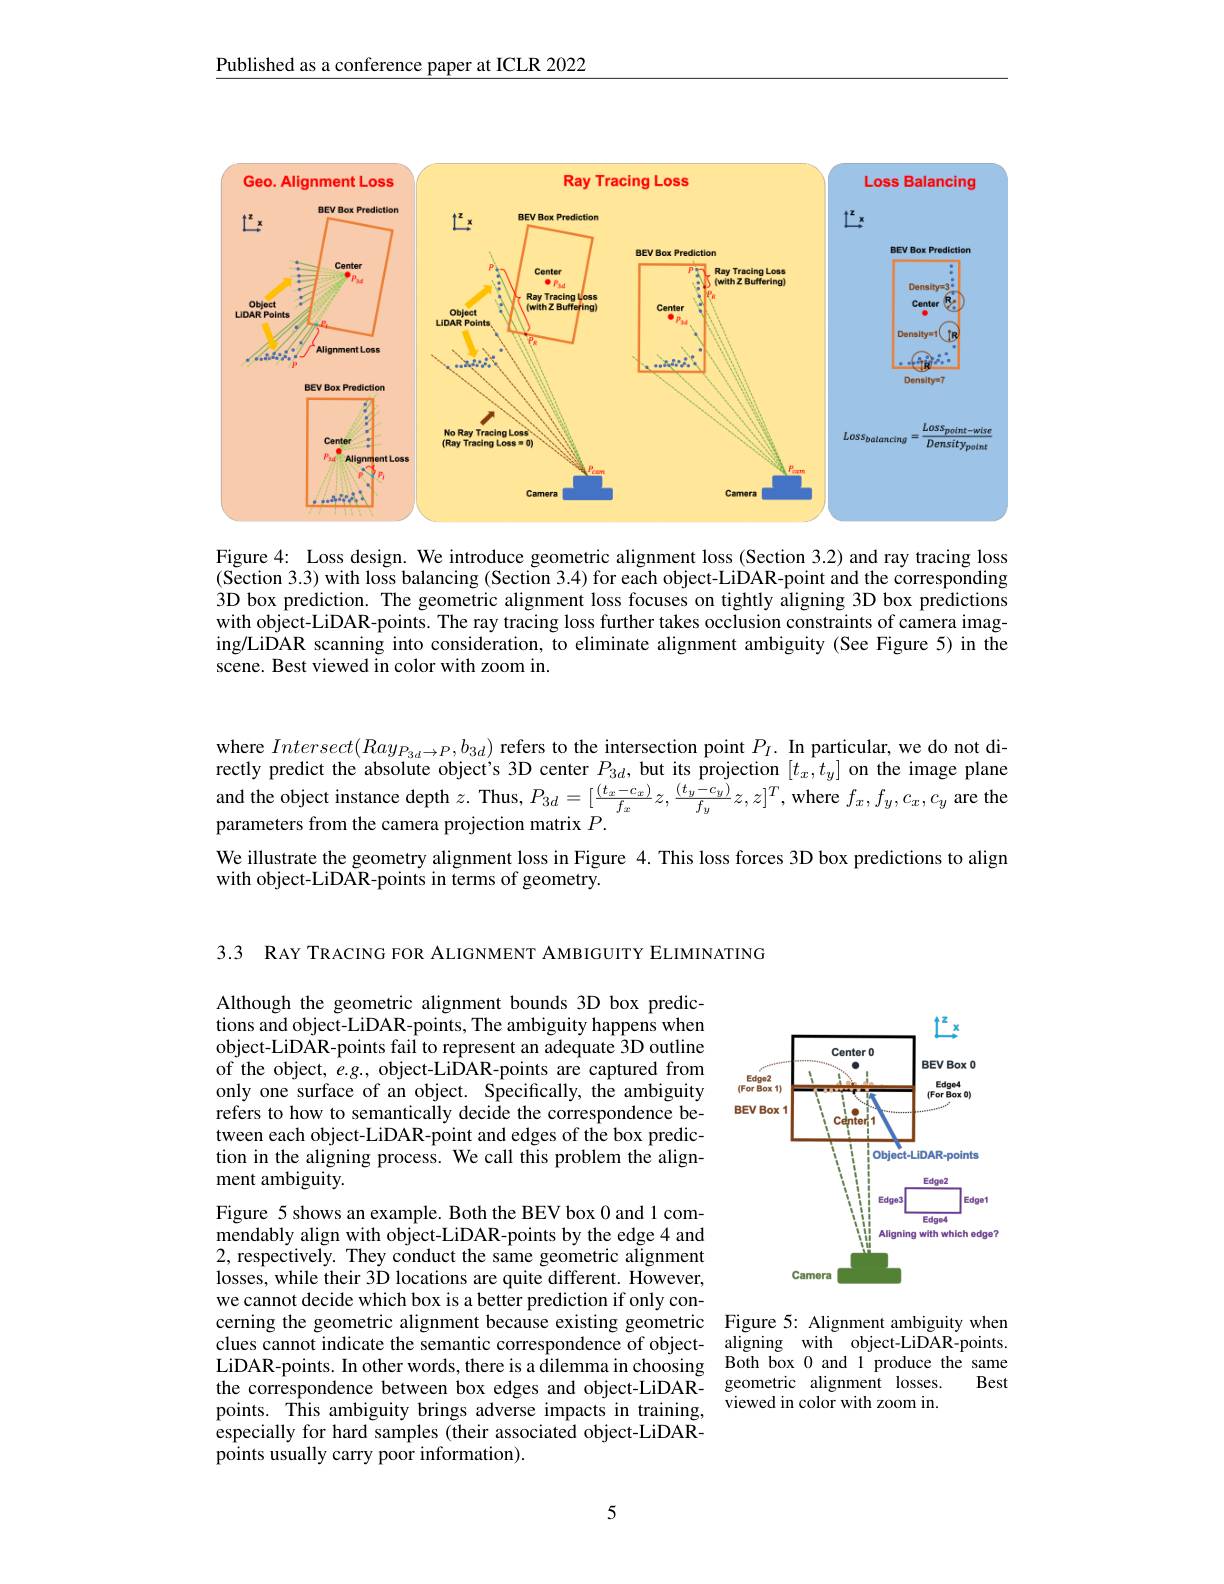
Published as a conference paper at ICLR 2022

<FigureHere>

Figure 4: Loss design. We introduce geometric alignment loss (Section 3.2) and ray tracing loss (Section 3.3) with loss balancing (Section 3.4) for each object-LiDAR-point and the corresponding 3D box prediction. The geometric alignment loss focuses on tightly aligning 3D box predictions with object-LiDAR-points. The ray tracing loss further takes occlusion constraints of camera imaging/LiDAR scanning into consideration, to eliminate alignment ambiguity (See Figure 5) in the scene. Best viewed in color with zoom in.

where $Intersect(Ray_{P_{3d}\to P},b_{3d})$ refers to the intersection point $P_I.$ In particular, we do not directly predict the absolute object's 3D center $P_{3d}$,but its projection $[t_x,t_y]$ on the image plane and the object instance depth $z.$ Thus, $P_{3d}=[\frac{(t_x-c_x)}{f_x}z,\frac{(t_y-c_y)}{f_y}z,z]^T$,where $f_x,f_y,c_x,c_y$ are the parameters from the camera projection matrix $P.$
We illustrate the geometry alignment loss in Figure 4. This loss forces 3D box predictions to align
with object-LiDAR-points in terms of geometry.

3.3 RAY TRACING FOR ALIGNMENT AMBIGUITY ELIMINATING

Although the geometric alignment bounds 3D box predictions and object-LiDAR-points, The ambiguity happens when object-LiDAR-points fail to represent an adequate 3D outline of the object, $e.g.$, object-LiDAR-points are captured from only one surface of an object. Specifically, the ambiguity refers to how to semantically decide the correspondence between each object-LiDAR-point and edges of the box prediction in the aligning process. We call this problem the alignment ambiguity.

Figure 5 shows an example. Both the BEV box 0 and 1 commendably align with object-LiDAR-points by the edge 4 and 2,respectively. They conduct the same geometric alignment losses, while their 3D locations are quite different. However, we cannot decide which box is a better prediction if only concerning the geometric alignment because existing geometric Figure 5: Alignment ambiguity when
clues cannot indicate the semantic correspondence of objectLiDAR-points. In other words, there is a dilemma in choosing the correspondence between box edges and object-LiDAR- geometric alignment losses.
points. This ambiguity brings adverse impacts in training, especially for hard samples (their associated object-LiDARpoints usually carry poor information).

5

<FigureHere>

aligning with object-LiDAR-points. Both box 0 and 1 produce the same
Best
${\mathrm{viewed~in~color~with~zoom~in.}}$